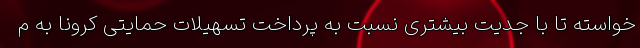
خواسته تا با جدیت بیشتری نسبت به پرداخت تسهیلات حمایتی کرونا به م